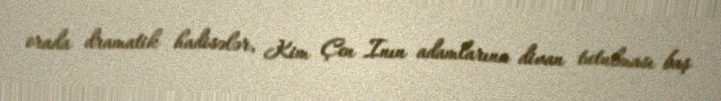
orada dramatik hadisələr, Kim Çen Inın adamlarına divan tutulması baş